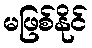
မဖြစ်နိုင်